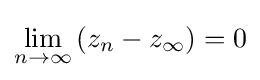
\lim _{n\to \infty }\left(z_{n}-z_{\infty }\right)=0